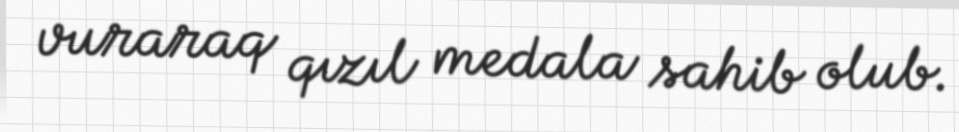
vuraraq qızıl medala sahib olub.